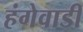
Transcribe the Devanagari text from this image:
हंगेवाडी